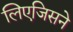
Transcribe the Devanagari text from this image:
लिएजिसने